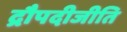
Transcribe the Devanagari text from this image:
द्रौपदीजीति